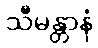
သီမန္တာနံ